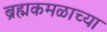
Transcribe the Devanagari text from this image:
ब्रह्मकमळाच्या